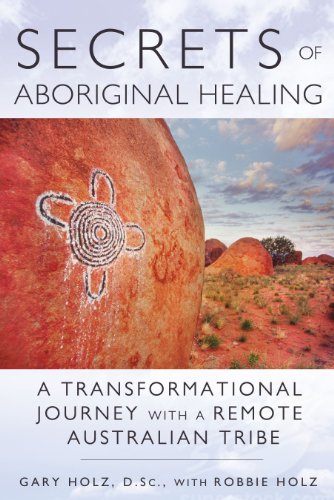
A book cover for Secrets of Aboriginal Healing: A Physicist's Journey with a Remote Australian Tribe; Gary Holz D.Sc.; Health, Fitness & Dieting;